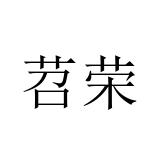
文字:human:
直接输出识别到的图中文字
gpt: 苕荣